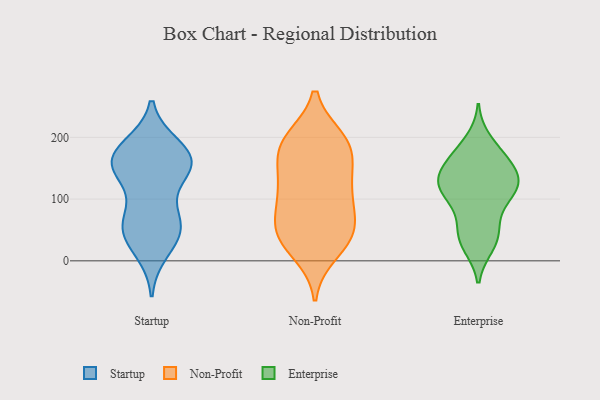
{"axis": {"x": "Revenue (USD Million)", "y": "Value"}, "legend": ["Enterprise", "Non-Profit", "Startup"], "data": [{"x": "", "y": 184, "type": "Startup"}, {"x": "", "y": 170, "type": "Startup"}, {"x": "", "y": 155, "type": "Startup"}, {"x": "", "y": 144, "type": "Startup"}, {"x": "", "y": 64, "type": "Startup"}, {"x": "", "y": 49, "type": "Startup"}, {"x": "", "y": 43, "type": "Startup"}, {"x": "", "y": 72, "type": "Startup"}, {"x": "", "y": 158, "type": "Startup"}, {"x": "", "y": 17, "type": "Startup"}, {"x": "", "y": 157, "type": "Startup"}, {"x": "", "y": 55, "type": "Startup"}, {"x": "", "y": 149, "type": "Startup"}, {"x": "", "y": 177, "type": "Startup"}, {"x": "", "y": 190, "type": "Non-Profit"}, {"x": "", "y": 192, "type": "Non-Profit"}, {"x": "", "y": 47, "type": "Non-Profit"}, {"x": "", "y": 33, "type": "Non-Profit"}, {"x": "", "y": 96, "type": "Non-Profit"}, {"x": "", "y": 196, "type": "Non-Profit"}, {"x": "", "y": 14, "type": "Non-Profit"}, {"x": "", "y": 57, "type": "Non-Profit"}, {"x": "", "y": 110, "type": "Non-Profit"}, {"x": "", "y": 177, "type": "Non-Profit"}, {"x": "", "y": 130, "type": "Non-Profit"}, {"x": "", "y": 182, "type": "Non-Profit"}, {"x": "", "y": 45, "type": "Non-Profit"}, {"x": "", "y": 104, "type": "Non-Profit"}, {"x": "", "y": 49, "type": "Non-Profit"}, {"x": "", "y": 143, "type": "Non-Profit"}, {"x": "", "y": 136, "type": "Enterprise"}, {"x": "", "y": 126, "type": "Enterprise"}, {"x": "", "y": 149, "type": "Enterprise"}, {"x": "", "y": 25, "type": "Enterprise"}, {"x": "", "y": 173, "type": "Enterprise"}, {"x": "", "y": 31, "type": "Enterprise"}, {"x": "", "y": 57, "type": "Enterprise"}, {"x": "", "y": 130, "type": "Enterprise"}, {"x": "", "y": 118, "type": "Enterprise"}, {"x": "", "y": 194, "type": "Enterprise"}, {"x": "", "y": 108, "type": "Enterprise"}, {"x": "", "y": 54, "type": "Enterprise"}, {"x": "", "y": 111, "type": "Enterprise"}, {"x": "", "y": 165, "type": "Enterprise"}, {"x": "", "y": 116, "type": "Enterprise"}, {"x": "", "y": 33, "type": "Enterprise"}, {"x": "", "y": 170, "type": "Enterprise"}, {"x": "", "y": 137, "type": "Enterprise"}, {"x": "", "y": 93, "type": "Enterprise"}]}